Annual administration report of the Civil Veterinary Department of India - 1896-1897
Year: 1896
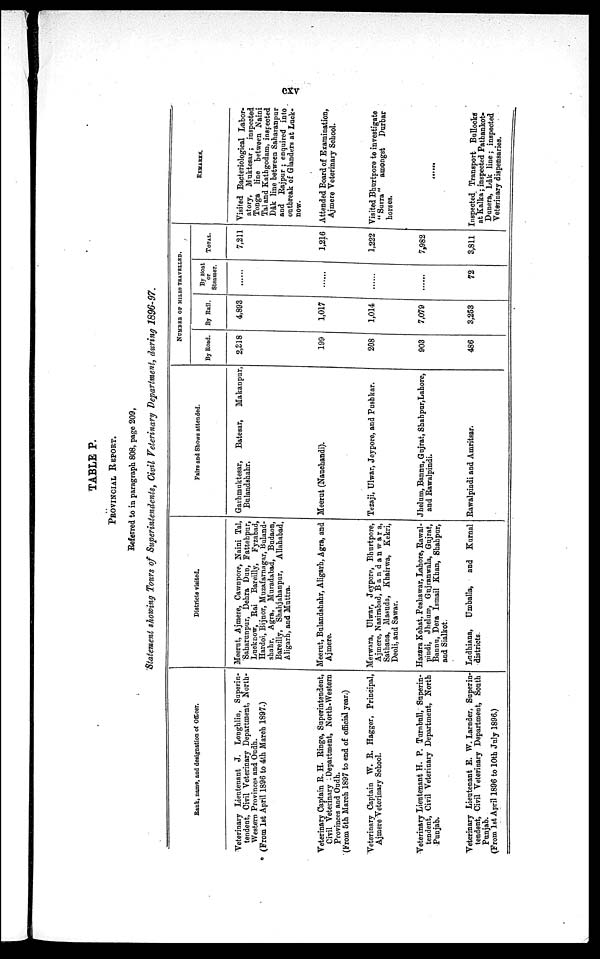
cxv
TABLE P.
PROVINCIAL REPORT.
Referred to in paragraph 808, page 209,
Statement showing Tours of Superintendents, Civil Veterinary Department, during 1896-97.
Bank, name, and designation of Officer.
Veterinary Lieutenant J. Longhlin, Superin-
tendent, Civil Veterinary Department, North-
Western Provinces and Oudh.
(Prom 1st April 1896 to 4th March 1897.)
Veterinary Captain R. H. Ringe, Superintendent,
Civil Veterinary Department, North-Western
Provinces and Oudh.
(From 5th March 1897 to end of official year.)
Veterinary Captain W. E. Hagger, Principal,
Ajmere Veterinary School.
Veterinary Lieutenant H. P. Turnbull, Superin-
tendent, Civil Veterinary Department, North
Punjab.
Veterinary Lieutenant E. W. Larnder, Superin-
tendent, Civil Veterinary Department, South
Punjab.
(From 1st April 1896 to 10th July 1896.)
Districts visited.
Meerut, Ajmere, Cawnpore, Naini Tal,
Saharunpur, Dehra Dun, Fattehpur,
Lucknow, Rai
Bareilly,
Fyzabad,
Hardoi, Bijnor, Muzafarnagar, Buland-
shahr, Agra, Muradabad, Budaon,
Bareilly, Shahjahanpur,
Allahabad,
Aligarh, and Muttra.
Meerut, Bulandshahr, Aligarh, Agra, and
Ajmere.
Merwara, Ulwar, Jeypore, Bhurtpore,
Ajmere, Nasirabad, Bandanwara,
Sathana, Masuda, Khairwa, Kekri,
Deoli, and Sawar.
Hazara Kohat, Peshawar, Lahore, Rawal-
pindi, Jhelum, Gujianwala, Gujrat,
Bannu, Dera Ismail Khan, Shabpur,
and Sialkot.
Ludhiana,
Umballa,
and
Kurnal
districts.
Fairs and Shows attended.
Garhmuktesar,
Batesar,
Makanpur,
Bulandshahr.
Meerut (Nauchandi).
Tezaji, Ulwar, Jeypore, and Pushkar.
Jhelum, Bannu, Gujrat, Shahpur, Lahore,
and Rawalpindi.
Rawalpindi and Amritsar.
NUMBER OF MILES TRAVELLED.
By Road.
2,318
199
208
903
486
By Rail.
4,893
1,017
1,014
7,079
3,253
By Boat
or
Steamer.
......
......
......
......
72
TOTAL.
7,211
1,216
1,222
7,982
3,811
REMARKS.
Visited Bacteriological Labor-
atory, Muktesar; inspected
Tonga line between Naini
Tal and Kathgodam, inspected
Dâk line between Saharanpur
and Rajpur; enquired into
outbreak of Glanders at Luck-
now.
Attended Board of Examination,
Ajmere Veterinary School.
Visited Bhurtpore to investigate
"Surra"
amongst
Durbar
horses.
......
Inspected Transport Bullocks
at Kalka; inspected Patbankot-
Dunera, Lâk line; inspected
Veterinary dispensaries.